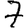
Digit: 7